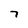
Character: 7